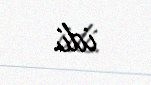
idi.